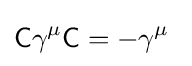
{\mathsf {C}}\gamma ^{\mu }{\mathsf {C}}=-\gamma ^{\mu }~